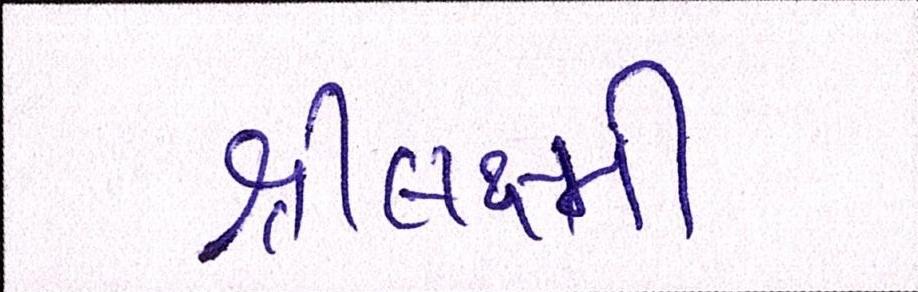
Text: શ્રીલક્ષ્મી